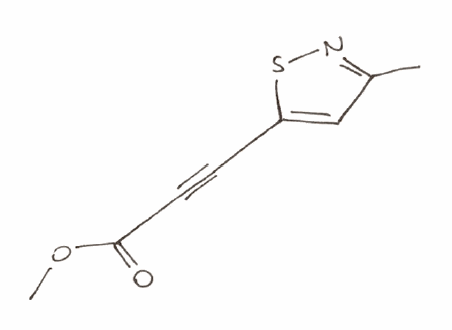
Simplified molecular-input line-entry system (SMILES) notation of the given molecule:
CC1=NSC(=C1)C#CC(=O)OC